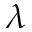
\lambda